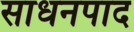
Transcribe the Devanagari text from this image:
साधनपाद